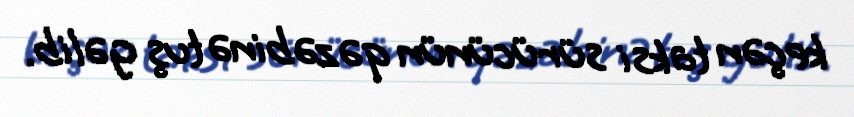
keçən taksi sürücünün qəzəbinə tuş gəlib.